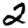
Digit: 2